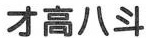
才高八斗